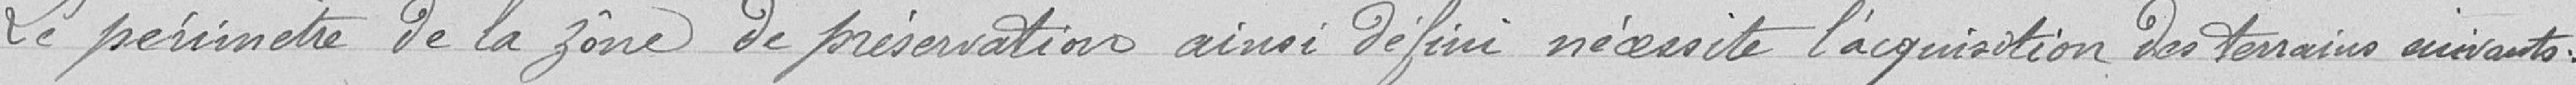
Le périmètre de la zone de préservation ainsi défini nécessite l'acquisition des terrains suivants :